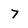
Character: 7